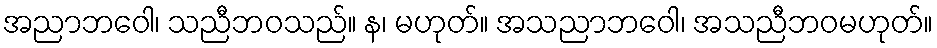
အညာဘဝေါ၊ သညီဘဝသည်။ န၊ မဟုတ်။ အသညာဘဝေါ၊ အသညီဘဝမဟုတ်။